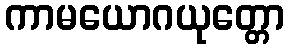
ကာမယောဂယုတ္တော